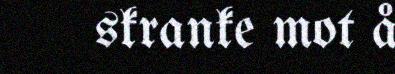
skranke mot å